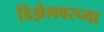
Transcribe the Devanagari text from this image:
डिझेलवरच्या